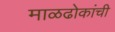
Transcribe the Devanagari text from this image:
माळढोकांची